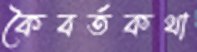
কৈবর্তকথা